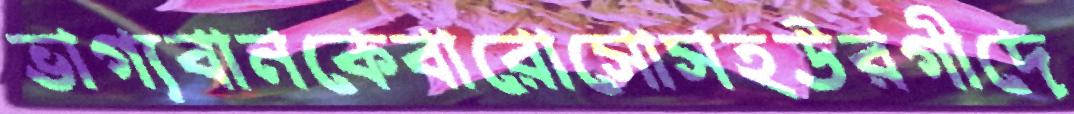
ভাগ্যবানকেবারোসোসহউরগীদে